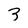
Character: 3